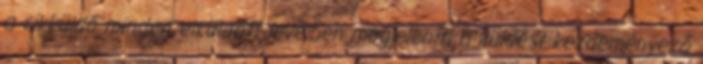
a cikküldő minden elküldött levélben megjeleníti a küldést kezdeményező